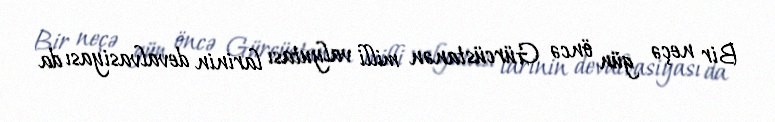
Bir neçə gün öncə Gürcüstanən milli valyutası larinin devalvasiyası da